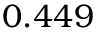
\phantom { - } 0 . 4 4 9